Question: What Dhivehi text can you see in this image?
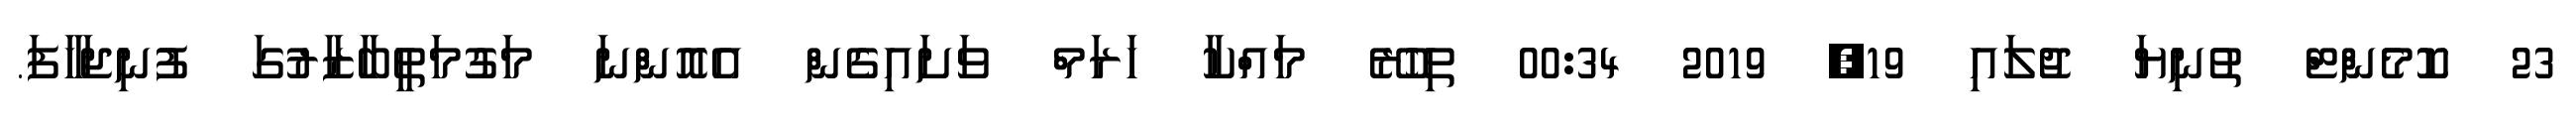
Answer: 23 ކޮމެންޓް ތުނިޔަ ޖުލައި 19, 2019 00:34 ތިހުރޭ މައްކާ ހަރަމް ވަށައިގެން އެއޮންނަ މަގުމަތީބާޒާރުގަ ފުނިޖަހާފަ.